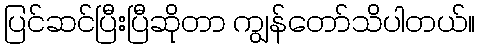
ပြင်ဆင်ပြီးပြီဆိုတာ ကျွန်တော်သိပါတယ်။